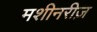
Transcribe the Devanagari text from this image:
मशीनरीज़